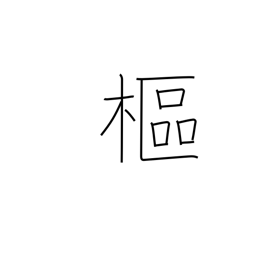
Meaning: pivot